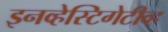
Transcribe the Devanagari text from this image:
इनव्हेस्टिगेटीव्ह